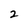
Character: 2